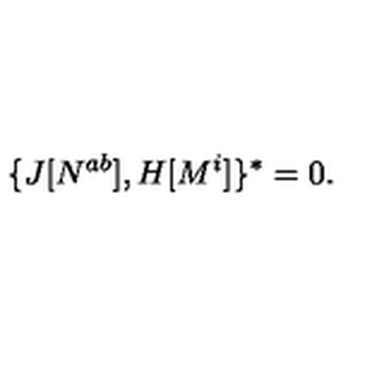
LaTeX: \{ J [ N ^ { a b } ] , H [ M ^ { i } ] \} ^ { * } = 0 .